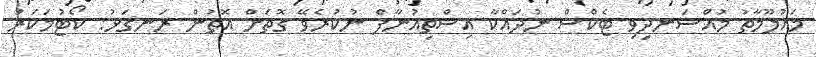
މައުލޫމާތު މުއްސަނދިވި ޓެކްސް ނުދައްކާ އިސްތިއުނާފް ނުކުރެވޭ ގޮތަށް އޮތުން ރަނގަޅު: ކޯޓުމަކަރު